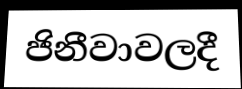
ජිනීවාවලදී